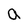
Character: a